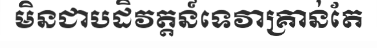
មិនជាបដិវត្តន៍ទេវាគ្រាន់តែ